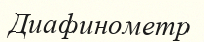
Диафинометр